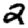
Digit: 2